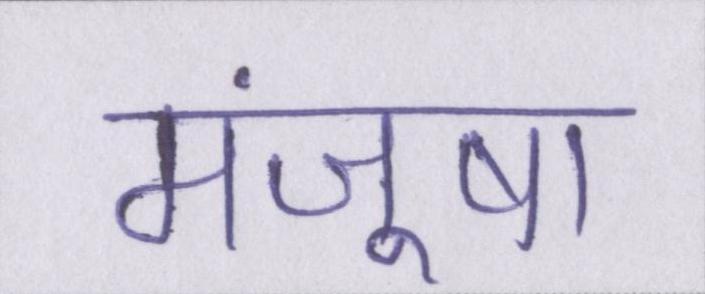
मंजूषा